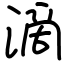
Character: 滴